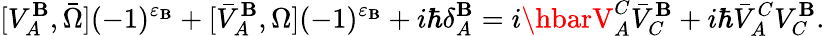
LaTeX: [V_{A}^{\mathbf{B}},\bar{{\Omega}}](-1)^{\varepsilon_{\mathbf{B}}}+[\bar{{V}}_{A}^{\mathbf{B}},\Omega](-1)^{\varepsilon_{\mathbf{B}}}+i\hbar\delta_{A}^{\mathbf{B}}=i\hbarV_{A}^{C}\bar{{V}}_{C}^{\mathbf{B}}+i\hbar\bar{{V}}_{A}^{C}V_{C}^{\mathbf{B}}.